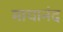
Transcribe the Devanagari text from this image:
मायानंद